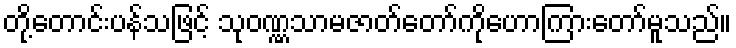
တို့တောင်းပန်သဖြင့် သုဝဏ္ဏသာမဇာတ်တော်ကိုဟောကြားတော်မူသည်။